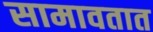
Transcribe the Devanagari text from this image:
सामावतात